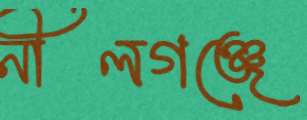
নীলগঞ্জে